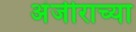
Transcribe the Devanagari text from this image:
अंजीराच्या